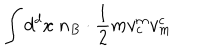
\int d ^ { d } x ~ n _ { B } \cdot \frac { 1 } { 2 } m v _ { c } ^ { m } v _ { m } ^ { c }